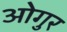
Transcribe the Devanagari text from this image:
ओगुर